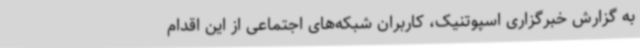
به گزارش خبرگزاری اسپوتنیک، کاربران شبکه‌های اجتماعی از این اقدام